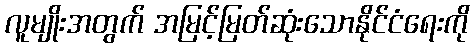
လူမျိုးအတွက် အမြင့်မြတ်ဆုံးသောနိုင်ငံရေးကို